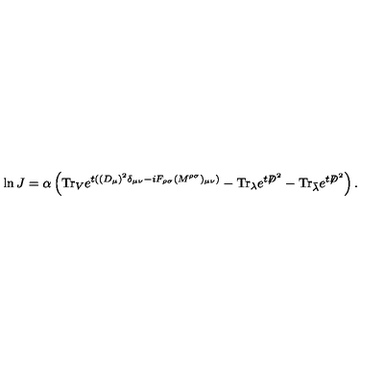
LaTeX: \ln J = \alpha \left( \mathrm { T r } _ { V } e ^ { t ( ( D _ { \mu } ) ^ { 2 } \delta _ { \mu \nu } - i F _ { \rho \sigma } ( M ^ { \rho \sigma } ) _ { \mu \nu } ) } - \mathrm { T r } _ { \lambda } e ^ { t { \not D } ^ { 2 } } - \mathrm { T r } _ { \bar { \lambda } } e ^ { t { \not D } ^ { 2 } } \right) .